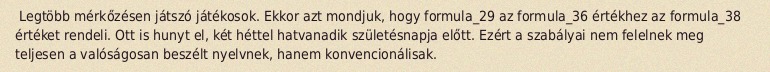
Legtöbb mérkőzésen játszó játékosok. Ekkor azt mondjuk, hogy formula_29 az formula_36 értékhez az formula_38 értéket rendeli. Ott is hunyt el, két héttel hatvanadik születésnapja előtt. Ezért a szabályai nem felelnek meg teljesen a valóságosan beszélt nyelvnek, hanem konvencionálisak.